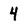
Character: 4